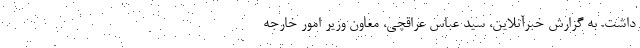
داشت. به گزارش خبرآنلاین، سید عباس عراقچی، معاون وزیر امور خارجه